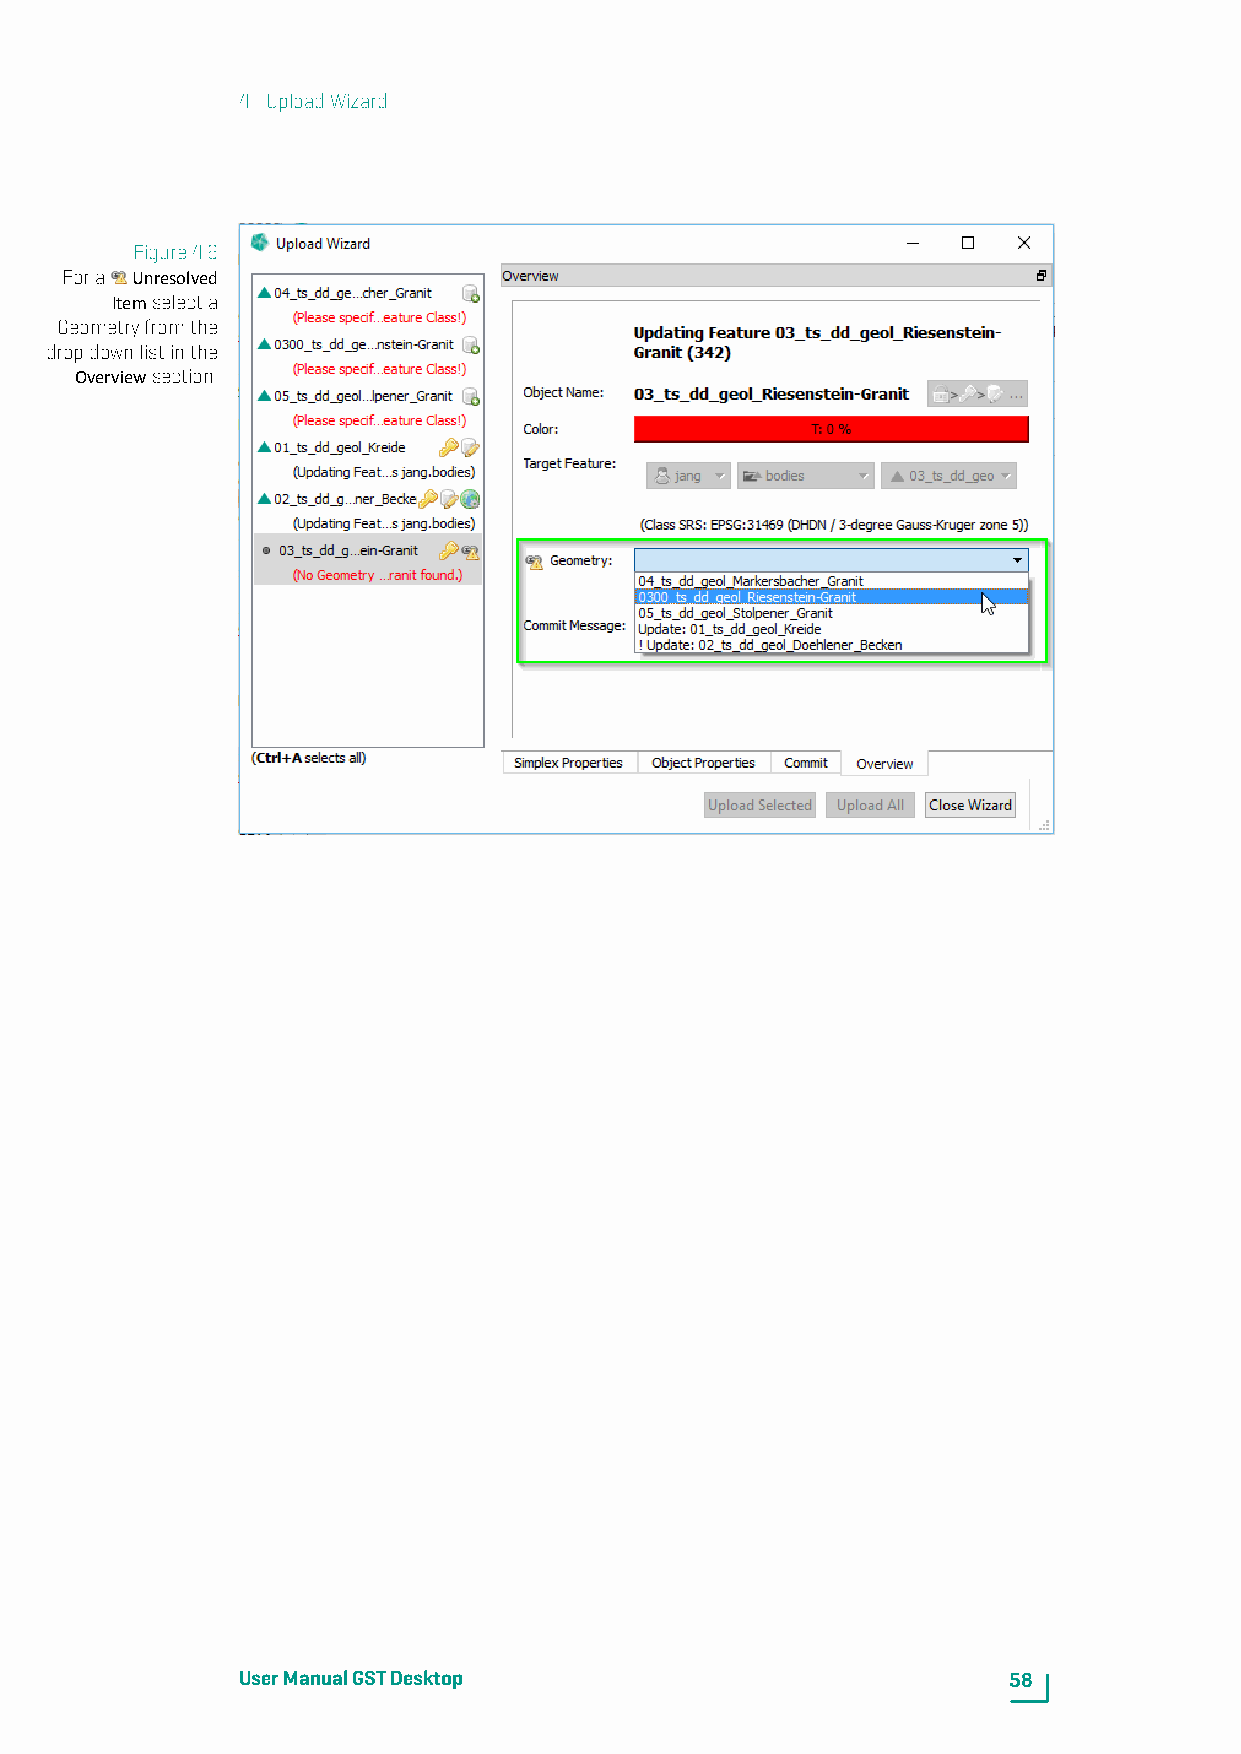
4. UploadWizard
 Figure4.6
 Fora Unresolved
 Itemselecta
 Geometryfromthe
 dropdownlistinthe
 Overviewsection.
 UserManualGSTDesktop                               58